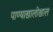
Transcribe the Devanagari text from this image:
पाण्याखालोखाल